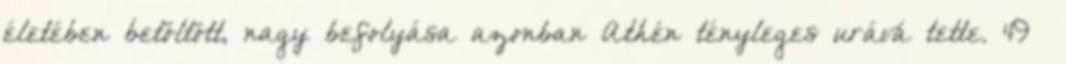
életében betöltött, nagy befolyása azonban Athén tényleges urává tette. 49